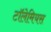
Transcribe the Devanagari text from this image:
टॉलेमियस